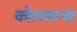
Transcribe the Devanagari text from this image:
कोलसाऱ्या